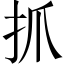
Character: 抓